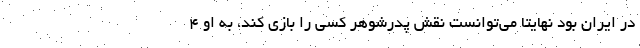
در ایران بود نهایتا می‌توانست نقش پدرشوهر کسی را بازی کند، به او ۴